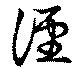
？